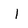
Character: I